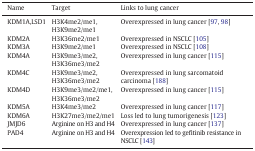
<table><thead><tr><td><b>Name</b></td><td><b>Target</b></td><td><b>Links to lung cancer</b></td></tr></thead><tbody><tr><td>KDM1A,LSD1</td><td>H3K4me2/me1, H3K9me2/me1</td><td>Overexpressed in lung cancer [97, 98]</td></tr><tr><td>KDM2A</td><td>H3K36me2/me1</td><td>Overexpressed in NSCLC [105]</td></tr><tr><td>KDM3A</td><td>H3K9me2/me1</td><td>Overexpressed in NSCLC [108]</td></tr><tr><td>KDM4A</td><td>H3K9me3/me2,H3K36me3/me2</td><td>Overexpressed in lung cancer [115]</td></tr><tr><td>KDM4C</td><td>H3K9me3/me2,H3K36me3/me2</td><td>Overexpressed in lung sarcomatoid carcinoma [188]</td></tr><tr><td>KDM4D</td><td>H3K9me3/me2/me1,H3K36me3/me2</td><td>Overexpressed in lung cancer [115]</td></tr><tr><td>KDM5A</td><td>H3K4me3/me2</td><td>Overexpressed in lung cancer [117]</td></tr><tr><td>KDM6A</td><td>H3K27me3/me2/me1</td><td>Loss led to lung tumorigenesis [123]</td></tr><tr><td>JMJD6</td><td>Arginine on H3 and H4</td><td>Overexpressed in lung cancer [137]</td></tr><tr><td>PAD4</td><td>Arginine on H3 and H4</td><td>Overexpression led to gefitinib resistance in NSCLC [143]</td></tr></tbody></table>